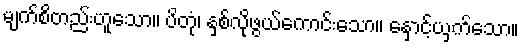
မျက်စိတည်းဟူသော။ ပိတုံ၊ နှစ်လိုဖွယ်ကောင်းသော။ နှောင့်ယှက်သော။